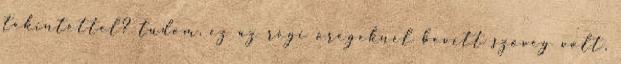
tekintettel? tudom, ez az régi öregeknél bevett szöveg volt,